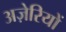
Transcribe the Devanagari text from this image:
अज़ेरियों